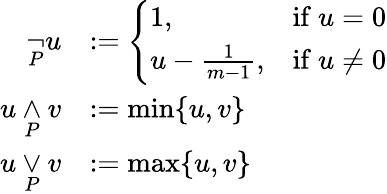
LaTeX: {\begin{array}{rl}{{\underset{P}{\neg}}u}&{:={\left\{ \begin{array}{ll}{1,}&{{\mathrm{if~}}u=0}\\ {u-{\frac{1}{m-1}},}&{{\mathrm{if~}}u\not=0}\end{array}\right.}}\\ {u\mathbin{\underset{P}{\wedge}}v}&{:=\operatorname*{min}\{ u,v\} }\\ {u\mathbin{\underset{P}{\vee}}v}&{:=\operatorname*{max}\{ u,v\} }\end{array}}